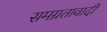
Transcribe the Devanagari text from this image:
समग्रतावादी